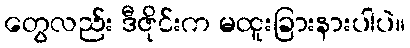
တွေလည်း ဒီဇိုင်းက မထူးခြားနားပါပဲ။